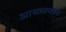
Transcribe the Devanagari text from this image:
आघातवध्र्य